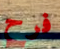
فرح